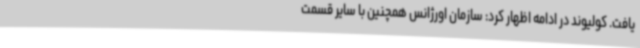
یافت. کولیوند در ادامه اظهار کرد: سازمان اورژانس همچنین با سایر قسمت